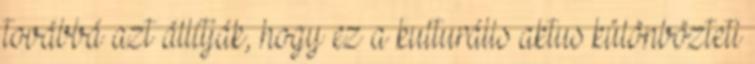
továbbá azt állítják, hogy ez a kulturális aktus különbözteti